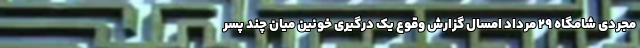
مجردی شامگاه ۲۹ مرداد امسال گزارش وقوع یک درگیری خونین میان چند پسر